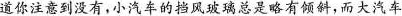
道你注意到没有，小汽车的挡风玻璃总是略有倾斜，而大汽车